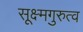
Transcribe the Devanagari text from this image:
सूक्ष्मगुरुत्व